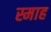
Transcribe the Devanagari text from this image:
स्माह